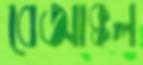
বেআক্কল